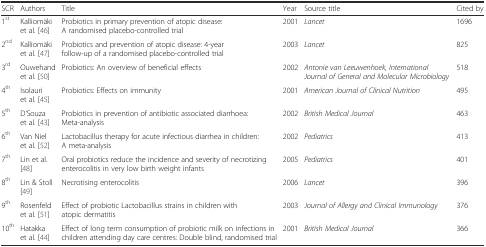
<table><thead><tr><td><b>SCR</b></td><td><b>Authors</b></td><td><b>Title</b></td><td><b>Year</b></td><td><b>Source title</b></td><td><b>Cited by</b></td></tr></thead><tbody><tr><td>1<sup>st</sup></td><td>Kalliomäki et al. [46]</td><td>Probiotics in primary prevention of atopic disease: A randomised placebo-controlled trial</td><td>2001</td><td><i>Lancet</i></td><td>1696</td></tr><tr><td>2<sup>nd</sup></td><td>Kalliomäki et al. [47]</td><td>Probiotics and prevention of atopic disease: 4-year follow-up of a randomised placebo-controlled trial</td><td>2003</td><td><i>Lancet</i></td><td>825</td></tr><tr><td>3<sup>rd</sup></td><td>Ouwehand et al. [50]</td><td>Probiotics: An overview of beneficial effects</td><td>2002</td><td><i>Antonie van Leeuwenhoek, International Journal of General and Molecular Microbiology</i></td><td>518</td></tr><tr><td>4<sup>th</sup></td><td>Isolauri et al. [45]</td><td>Probiotics: Effects on immunity</td><td>2001</td><td><i>American Journal of Clinical Nutrition</i></td><td>495</td></tr><tr><td>5<sup>th</sup></td><td>D’Souza et al. [43]</td><td>Probiotics in prevention of antibiotic associated diarrhoea: Meta-analysis</td><td>2002</td><td><i>British Medical Journal</i></td><td>463</td></tr><tr><td>6<sup>th</sup></td><td>Van Niel et al. [52]</td><td>Lactobacillus therapy for acute infectious diarrhea in children: A meta-analysis</td><td>2002</td><td><i>Pediatrics</i></td><td>413</td></tr><tr><td>7<sup>th</sup></td><td>Lin et al. [48]</td><td>Oral probiotics reduce the incidence and severity of necrotizing enterocolitis in very low birth weight infants</td><td>2005</td><td><i>Pediatrics</i></td><td>401</td></tr><tr><td>8<sup>th</sup></td><td>Lin &amp; Stoll [49]</td><td>Necrotising enterocolitis</td><td>2006</td><td><i>Lancet</i></td><td>396</td></tr><tr><td>9<sup>th</sup></td><td>Rosenfeld et al. [51]</td><td>Effect of probiotic Lactobacillus strains in children with atopic dermatitis</td><td>2003</td><td><i>Journal of Allergy and Clinical Immunology</i></td><td>376</td></tr><tr><td>10<sup>th</sup></td><td>Hatakka et al. [44]</td><td>Effect of long term consumption of probiotic milk on infections in children attending day care centres: Double blind, randomised trial</td><td>2001</td><td><i>British Medical Journal</i></td><td>366</td></tr></tbody></table>